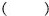
()